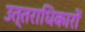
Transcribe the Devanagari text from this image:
उत्‍तराधिकारों